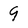
Character: 9